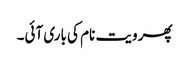
پھر ویت نام کی باری آئی۔